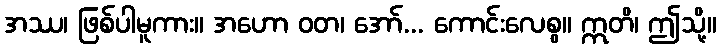
အဿ၊ ဖြစ်ပါမူကား။ အဟော ဝတ၊ အော်... ကောင်းလေစွ။ ဣတိ၊ ဤသို့။